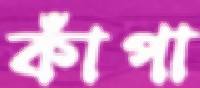
কাঁপা